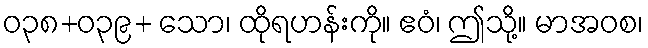
ဝ၃၈+၀၃၉+ သော၊ ထိုရဟန်းကို။ ဧဝံ၊ ဤသို့။ မာအဝစ၊